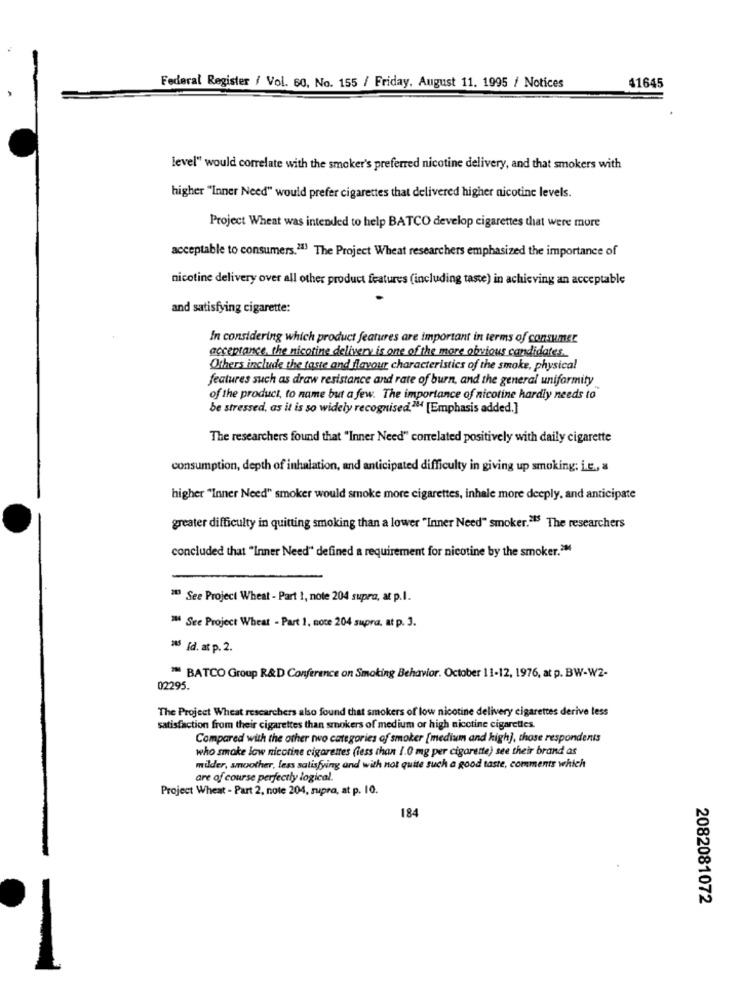
Federal Register / Vol. 60, No. 155 / Friday, August 11. 1995 / Notices
41645
level" would correlate with the smoker's preferred nicotine delivery, and that smokers with
higher "Inner Need" would prefer cigarettes that delivered higher nicotine levels.
Project Wheat was intended to help BATCO develop cigarettes that were more
acceptable to consumers.213 The Project Wheat researchers emphasized the importance of
nicotine delivery over all other product features (including taste) in achieving an acceptable
and satisfying cigarette:
In considering which product features are important in terms of consumer
acceptance, the nicotine delivery is one of the more obvious candidates_
Others include the taste and flavour characteristics of the smoke, physical
features such as draw resistance and rate of burn, and the general uniformity
of the product, to name but a few. The importance of nicotine hardly needs to
be stressed, as it is so widely recognised.144 [Emphasis added.]
The researchers found that "Inner Need" correlated positively with daily cigarette
consumption, depth of inhalation, and anticipated difficulty in giving up smoking: i.c ., a
higher "Inner Need" smoker would smoke more cigarettes, inhale more deeply, and anticipate
greater difficulty in quitting smoking than a lower "Inner Need" smoker.215 The researchers
concluded that "Inner Need" defined a requirement for nicotine by the smoker.28
" See Project Wheat - Part 1, note 204 supra, at p.I.
" See Project Wheat - Part 1, noce 204 supra, at p. 3.
25 fd. at p. 2.
" BATCO Group R&D Conference on Smoking Behavior. October 11-12, 1976, at p. BW-W2-
02295.
The Project Wheat researchers also found that smokers of low nicotine delivery cigarettes derive less
satisfaction from their cigarettes than smokers of medium or high nicotine cigarettes.
Compared with the other two categories of smoker [medium and high], those respondents
who smake low nicotine cigarettes (less than 1.0 mg per cigarette) see their brand as
milder, smoother, less satisfying and with not quite such a good taste, comments which
are of course perfectly logical.
Project Wheat - Part 2, note 204, supra, at p. 10.
184
2082081072